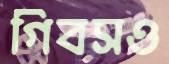
গিবসও